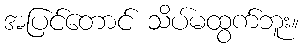
အပြင်တောင် သိပ်မထွက်ဘူး။